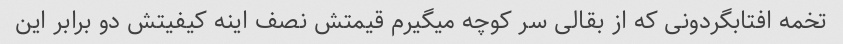
تخمه افتابگردونی که از بقالی سر کوچه میگیرم قیمتش نصف اینه کیفیتش دو برابر این